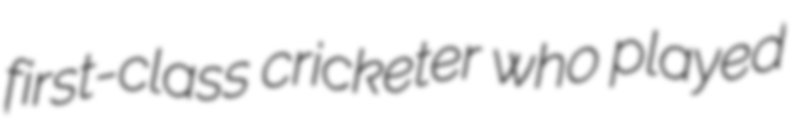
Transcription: first-class cricketer who played